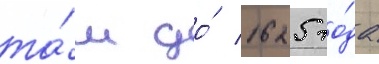
та́м до́ 1625 го́да